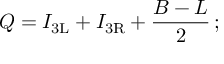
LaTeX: Q = I _ { \mathrm { { 3 L } } } + I _ { \mathrm { { 3 R } } } + { \frac { B - L } { 2 } } \, ;